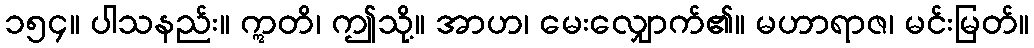
၁၅၄။ ပါသနည်း။ ဣတိ၊ ဤသို့။ အာဟ၊ မေးလျှောက်၏။ မဟာရာဇ၊ မင်းမြတ်။